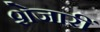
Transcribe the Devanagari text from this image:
शेजारीं